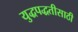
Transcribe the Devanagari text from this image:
युद्धपद्धतीसाठी